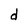
Character: d